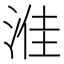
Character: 𪶔